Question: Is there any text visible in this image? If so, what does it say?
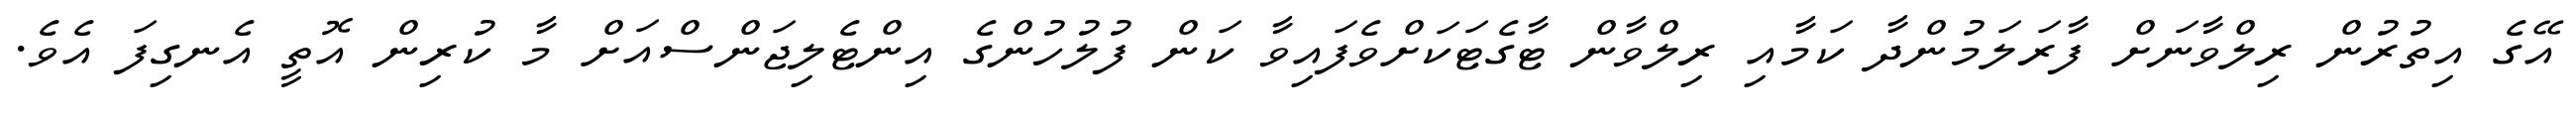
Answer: އޭގެ އިތުރުން ރިލްވާނަށް ފާރަލަމުންދާ ކަމާއި ރިލްވާން ޓާގެޓަކަށްވެފައިވާ ކަން ފުލުހުންގެ އިންޓެލިޖަންސްއަށް މާ ކުރިން އޮތީ އެނގިފަ އެވެ.